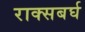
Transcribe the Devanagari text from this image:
राक्सबर्घ